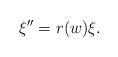
LaTeX: \begin{align*} \xi '' =r(w)\xi . \end{align*}